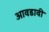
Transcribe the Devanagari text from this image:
आवडावी